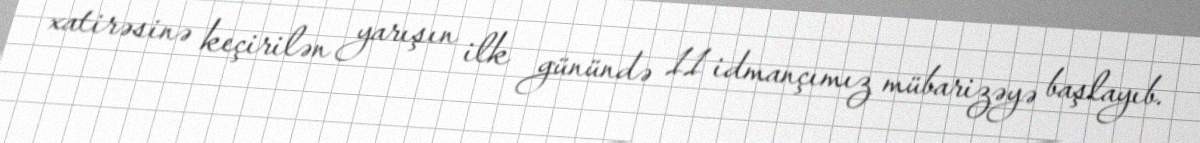
xatirəsinə keçirilən yarışın ilk günündə 11 idmançımız mübarizəyə başlayıb.